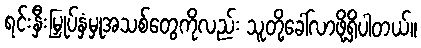
ရင်းနှီးမြှုပ်နှံမှုအသစ်တွေကိုလည်း သူတို့ခေါ်လာဖို့ရှိပါတယ်။